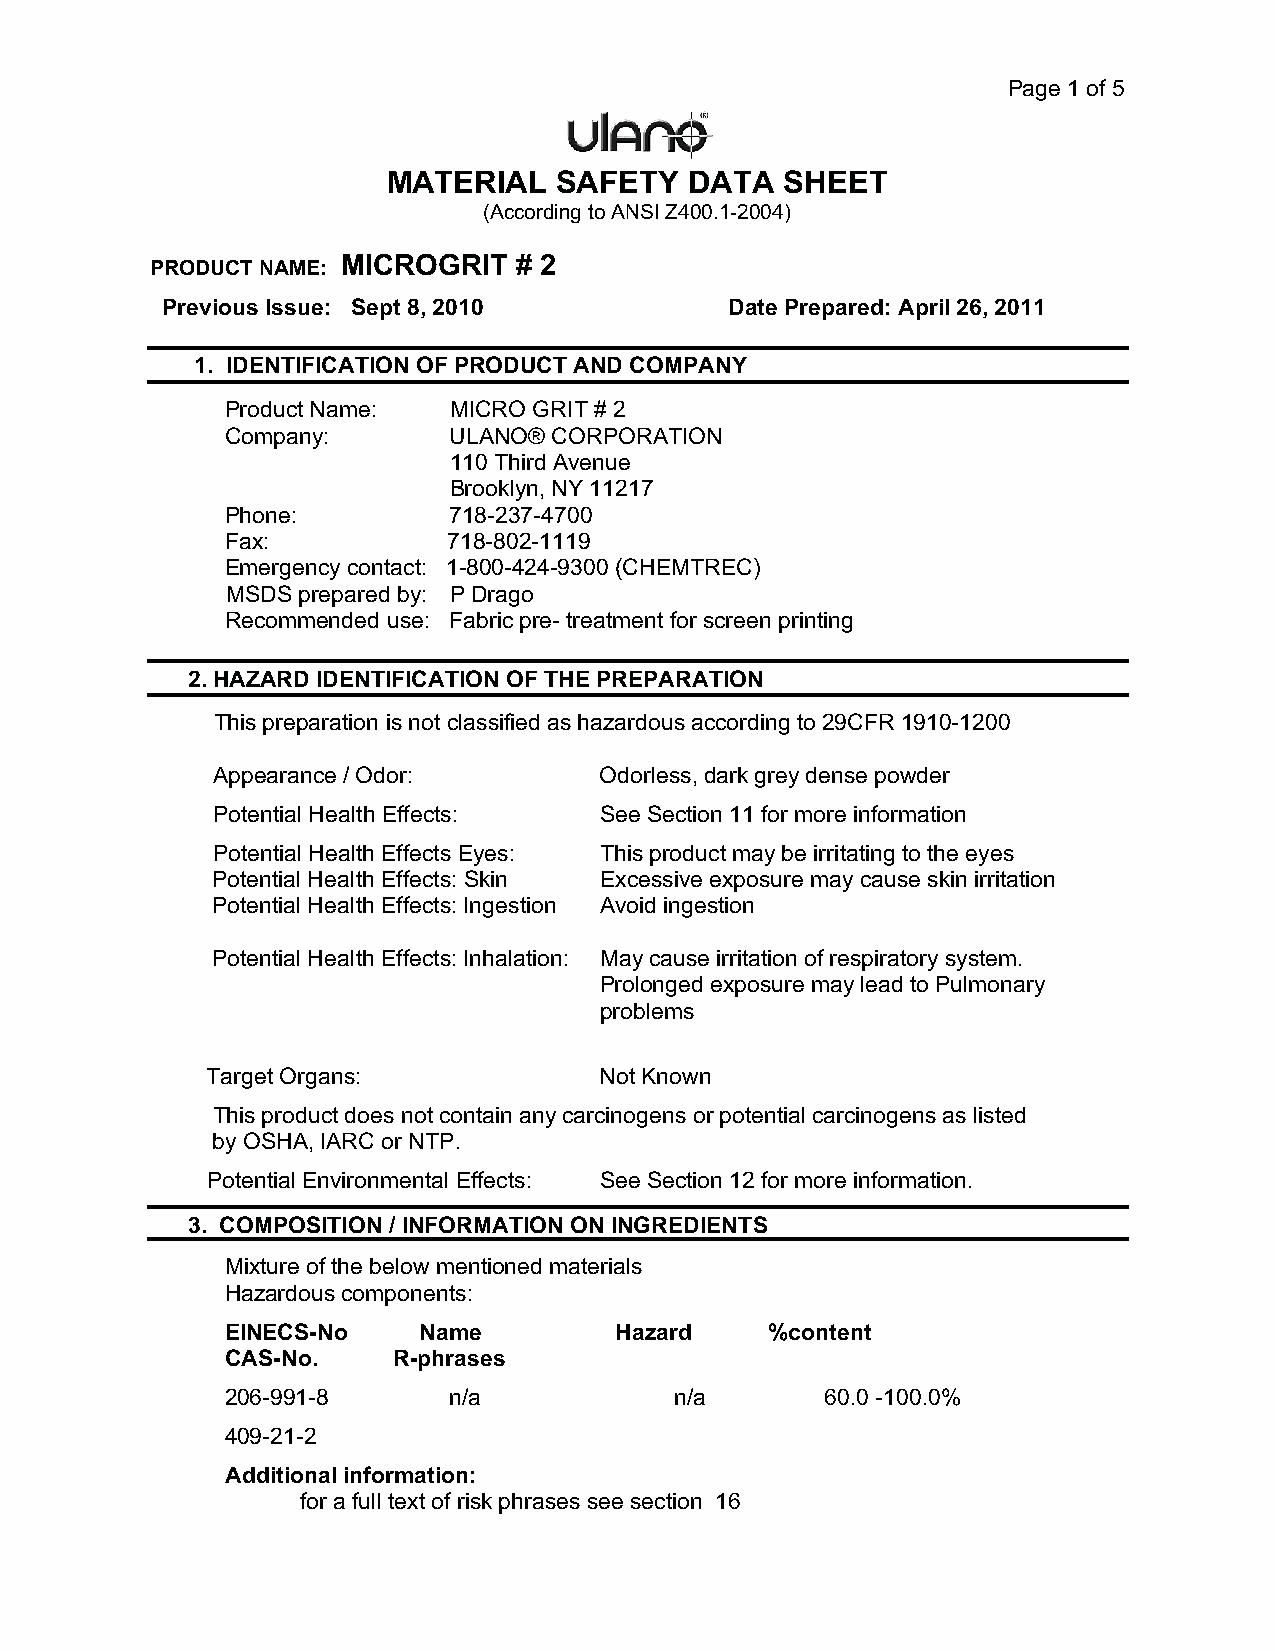
Page 1 of 5
 MATERIAL   SAFETY   DATA  SHEET
 (According to ANSI Z400.1-2004)
 MICROGRIT  # 2
 PRODUCT NAME:
 Previous Issue: Sept 8, 2010         Date Prepared: April 26, 2011
 1. IDENTIFICATION OF PRODUCT AND COMPANY
 Product Name:  MICRO GRIT # 2
 Company:       ULANO® CORPORATION
 110 Third Avenue
 Brooklyn, NY 11217
 Phone:         718-237-4700
 Fax:           718-802-1119
 Emergency contact: 1-800-424-9300 (CHEMTREC)
 MSDS prepared by: P Drago
 Recommended use: Fabric pre- treatment for screen printing
 2. HAZARD IDENTIFICATION OF THE PREPARATION
 This preparation is not classified as hazardous according to 29CFR 1910-1200
 Appearance / Odor:        Odorless, dark grey dense powder
 Potential Health Effects: See Section 11 for more information
 Potential Health Effects Eyes: This product may be irritating to the eyes
 Potential Health Effects: Skin Excessive exposure may cause skin irritation
 Potential Health Effects: Ingestion Avoid ingestion
 Potential Health Effects: Inhalation: May cause irritation of respiratory system.
 Prolonged exposure may lead to Pulmonary
 problems
 Target Organs:            Not Known
 This product does not contain any carcinogens or potential carcinogens as listed
 by OSHA, IARC or NTP.
 Potential Environmental Effects: See Section 12 for more information.
 3. COMPOSITION / INFORMATION ON INGREDIENTS
 Mixture of the below mentioned materials
 Hazardous components:
 EINECS-No    Name         Hazard    %content
 CAS-No.    R-phrases
 206-991-8      n/a            n/a       60.0 -100.0%
 409-21-2
 Additional information:
 for a full text of risk phrases see section 16